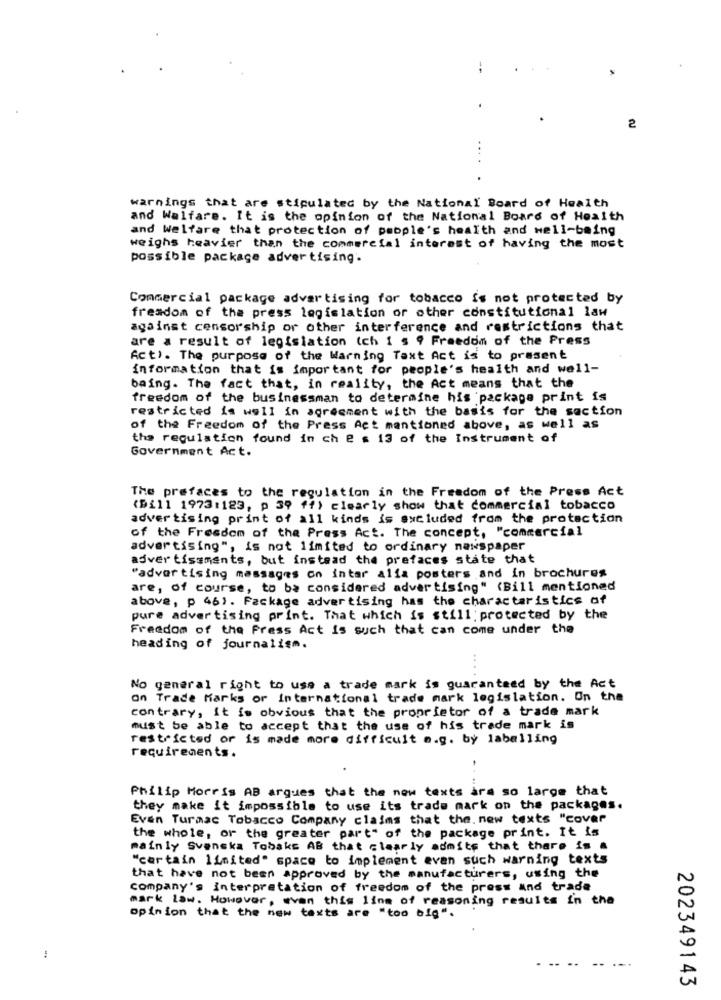
2
warnings that are stipulated by the National Board of Health
and Walfare. It is the opinion of the National Board of Health
and Welfare that protection of people's health and well-being
weighs heavier than the commercial interest of having the most
possible package advertising'.
Commercial package advertising for tobacco is not protected by
freadom of the press legislation or other constitutional law
against censorship or other interference and restrictions that
are a result of legislation (ch 1 5 9 Freedom of the Press
Act). The purpose of the Warning Taxt Act is to present
information that is important for people's health and well-
baing. The fact that, in reality, the Act means that the
freedom of the businessman to determine his package print is
restricted is well in agreement with the basis for the section
of the Freedom of the Press Act mentioned above, as well as
the regulation found in ch e s 13 of the Instrument of
Government Act.
The prefaces to the regulation in the Freedom of the Press Act
(Dill 1973:123, p 39 ff) clearly show that commercial tobacco
advertising print of all kinds is excluded from the protection
of the Freedom of the Press Act. The concept, "commercial
advertising", is not limited to ordinary newspaper
adver tissments, but instead the prefaces state that
"advertising massages on inter alia posters and in brochures
are, of course, to be considered advertising" (Bill mentioned
above, p 46). Package advertising has the characteristics of
pure advertising print. That which is still protected by the
Freedom of the Press Act is such that can come under the
heading of journalism.
No general right to use a trade mark is guaranteed by the Act
on Trade Marks or International trade mark legislation. On the
contrary, it is obvious that the proprietor of a trade mark
must be able to accept that the use of his trade mark is
restricted or is made more difficult a.g. by labelling
requirements .
Philip Morris AB argues that the new texts are so large that
they make it impossible to use its trade mark on the packages.
Even Turmac Tobacco Company claims that the. new texts "cover
the whole, or the greater part" of the package print. It is
mainly Svenska Tobaks AB that clearly admits that there is a
"certain limited" space to implement even such warning texts
that have not been approved by the manufacturers, using the
company's interpretation of freedom of the press And trade
mark law. However, wvan this line of reasoning results in the
opinion that the new texts are "too big".
:
.... .. .
202349143